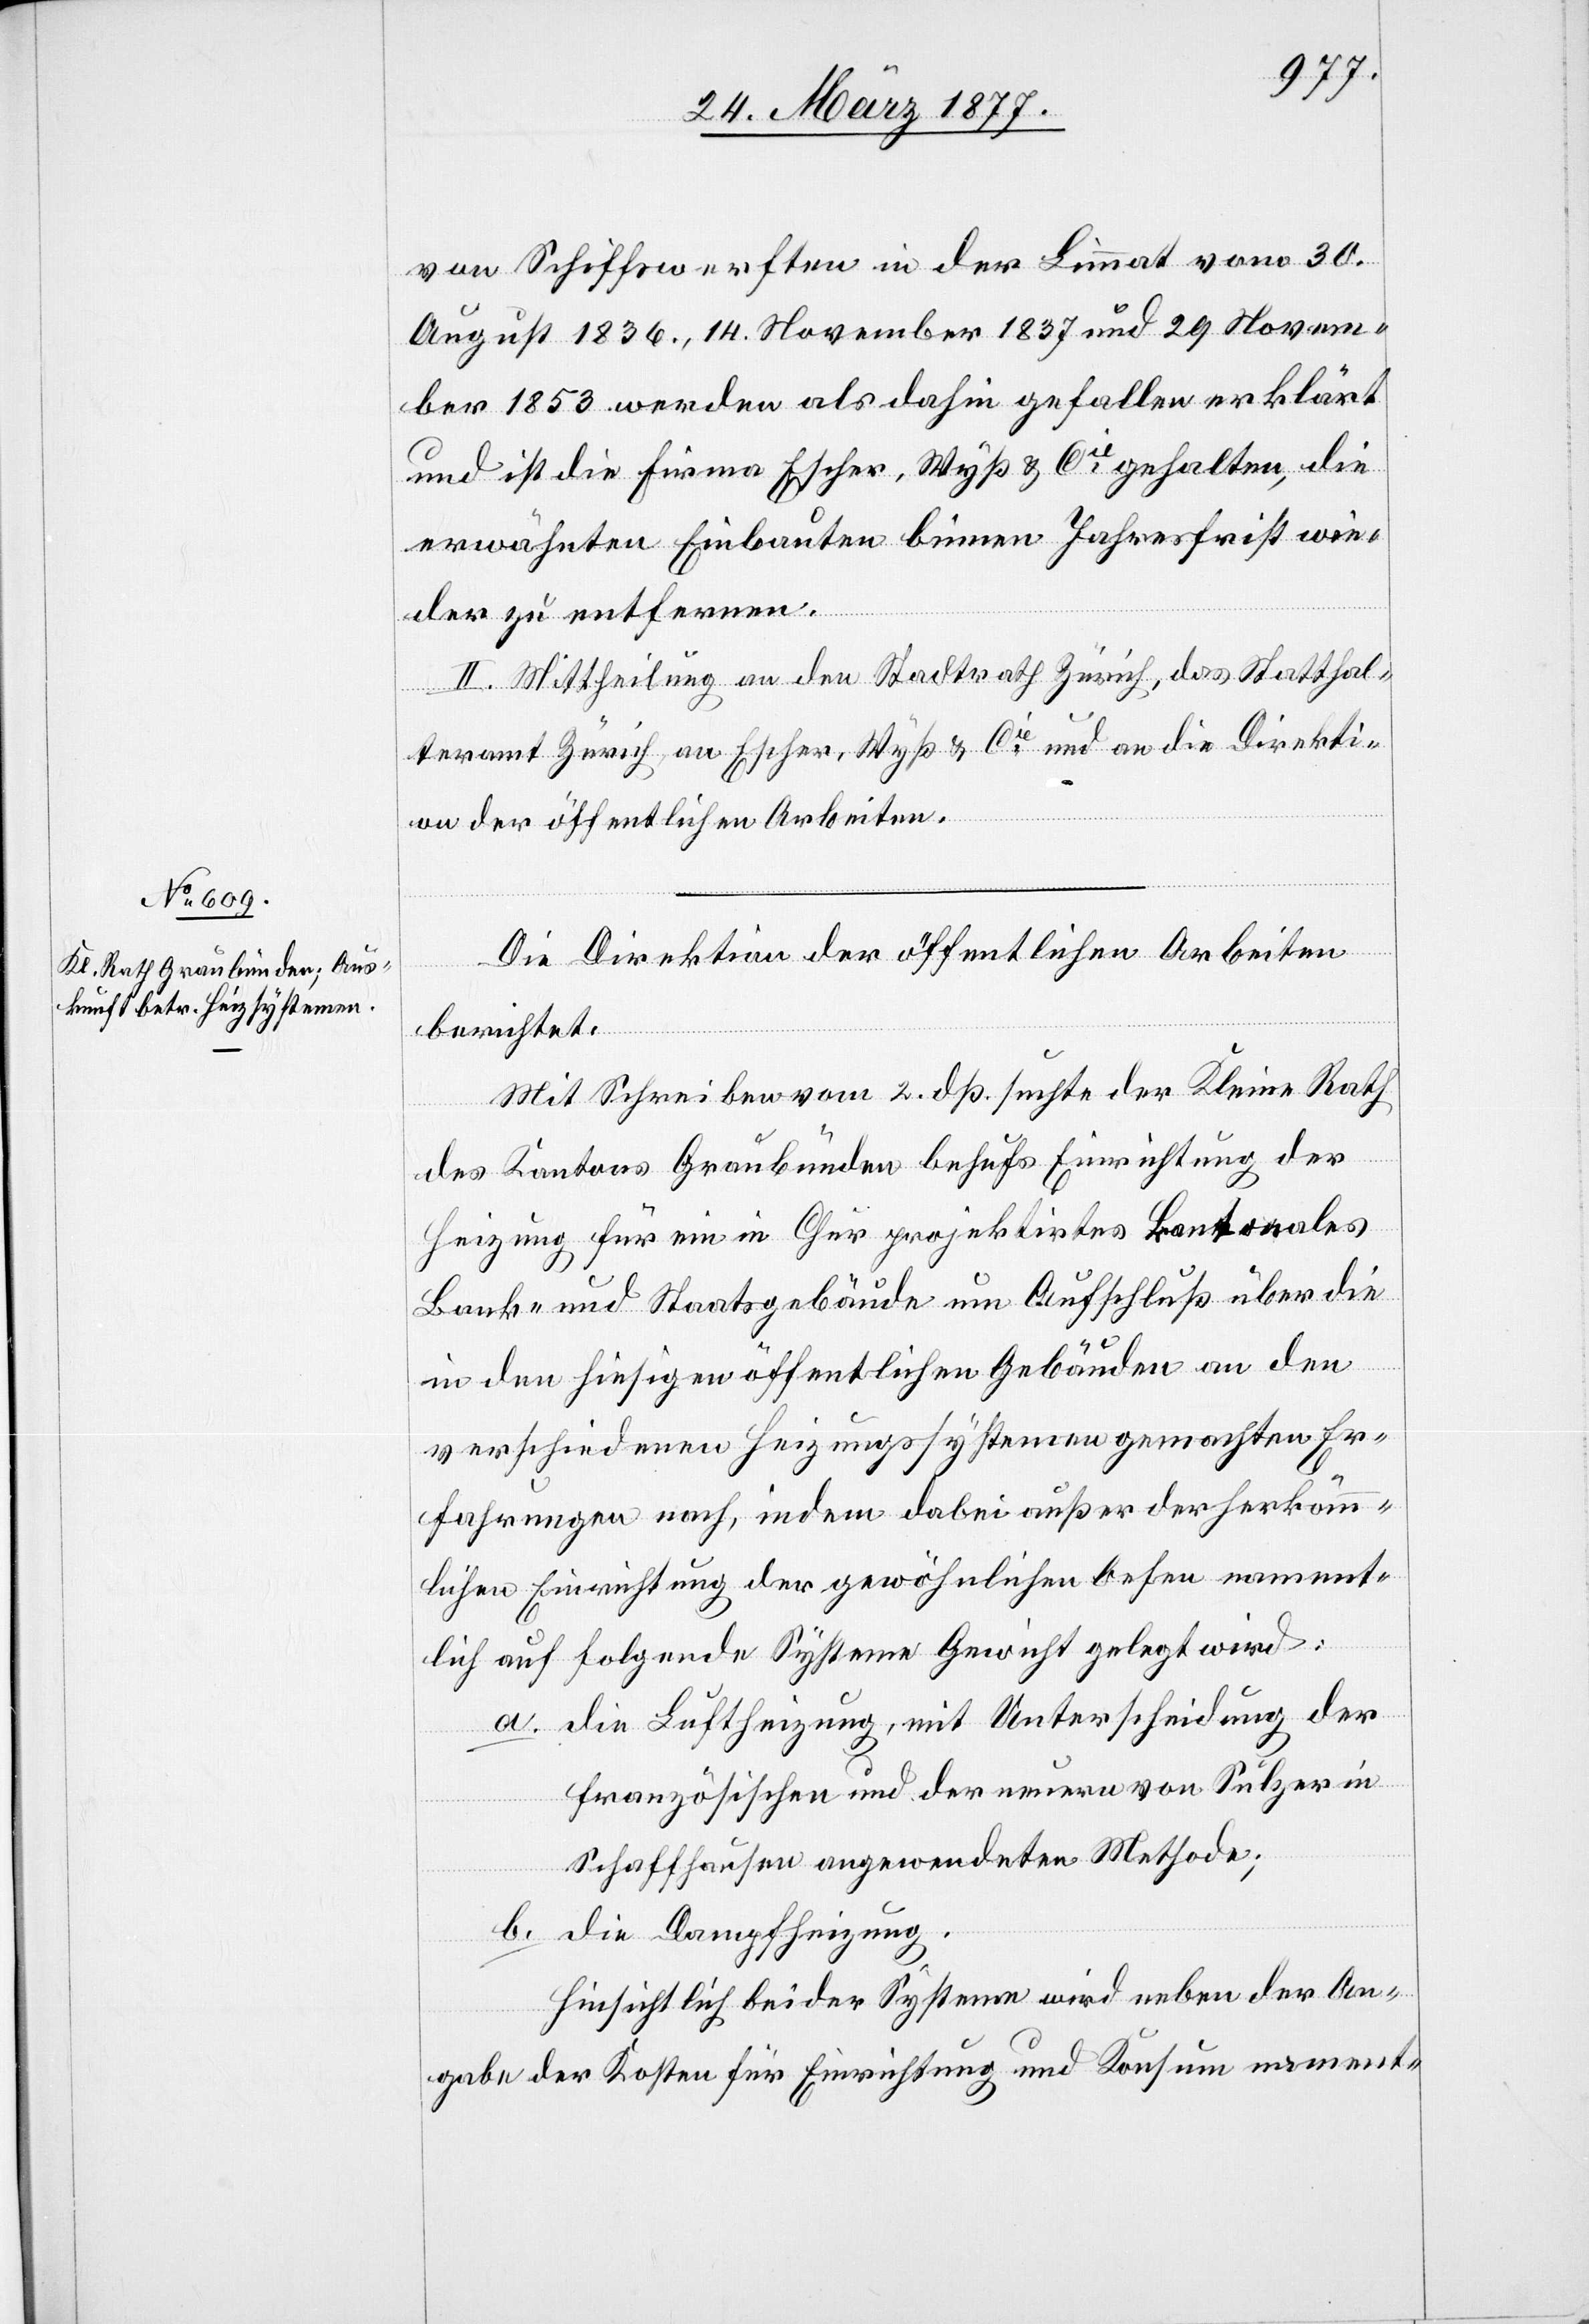
von Schiffswerften in der Limmat vom 30.
August 1836, 14. November 1837 und 29. Novem¬
ber 1853 werden als dahin gefallen erklärt
und ist die Firma Escher, Wyß & Cie gehalten, die
erwähnten Einbauten binnen Jahresfrist wie¬
der zu entfernen.
II. Mittheilung an den Stadtrath Zürich, das Statthal¬
teramt Zürich, an Escher, Wyß & Cie und an die Direkti¬
on der öffentlichen Arbeiten.
Die Direktion der öffentlichen Arbeiten
berichtet:
Mit Schreiben vom 2. dß. suchte der Kleine Rath
des Kantons Graubünden behufs Einrichtung der
Heizung für ein in Chur projektirtes kantonales
Bank- und Staatsgebäude um Aufschluß über die
in den hiesigen öffentlichen Gebäuden an den
verschiedenen Heizungssystemen gemachten Er¬
fahrungen nach, indem dabei außer der herkömm¬
lichen Einrichtung der gewöhnlichen Oefen nament¬
lich auf folgende Systeme Gewicht gelegt wird:
a. die Luftheizung, mit Unterscheidung der
französischen und der neuern von Sulzer in
Schaffhausen angewendeten Methode;
b. die Dampfheizung.
Hinsichtlich beider Systeme wird neben der An¬
gabe der Kosten für Einrichtung und Konsum nament-